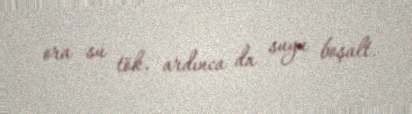
ora su tök, ardınca da suyu boşalt.